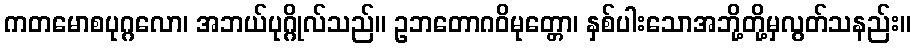
ကတမောစပုဂ္ဂလော၊ အဘယ်ပုဂ္ဂိုလ်သည်။ ဥဘတောဂဝိမုတ္တော၊ နှစ်ပါးသောအဘို့တို့မှလွတ်သနည်း။